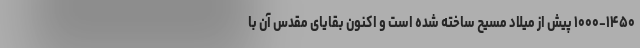
۱۰۰۰-۱۴۵۰ پیش از میلاد مسیح ساخته شده است و اکنون بقایای مقدس آن با